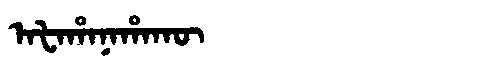
Manchu: ᠠᡶᠠᡥᠠᠨᠠᡥᠠᡴᡡ
Romanization: AFAHANAHAKŪ